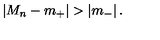
\left| M _ { n } - m _ { + } \right| > \left| m _ { - } \right| .